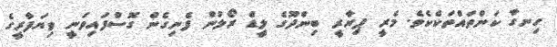
ހިނގާ ކަންތައްތަކެކެވެ. މެރީ ޕިޔާރީ ބިންދޫގެ ލީޑް ރޯލުން ފެނިގެން ގޮސްފައިވަނީ ވިޔަފާރީގެ